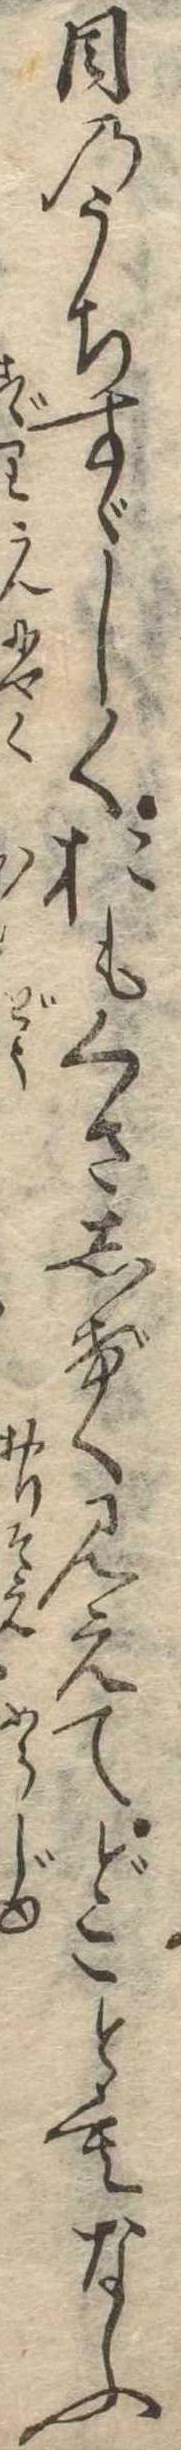
目のうちすゞしくおもくさしげく見えてどこともなふ